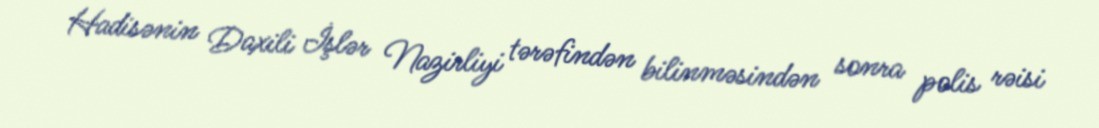
Hadisənin Daxili İşlər Nazirliyi tərəfindən bilinməsindən sonra polis rəisi